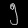
Digit: ၅